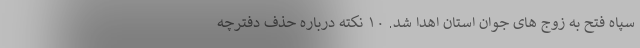
سپاه فتح به زوج های جوان استان اهدا شد. ۱۰ نکته درباره حذف دفترچه